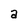
Character: a